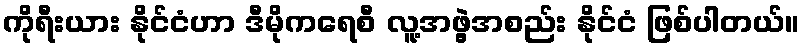
ကိုရီးယား နိုင်ငံဟာ ဒီမိုကရေစီ လူ့အဖွဲ့အစည်း နိုင်ငံ ဖြစ်ပါတယ်။